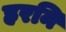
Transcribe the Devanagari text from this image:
हरनि